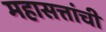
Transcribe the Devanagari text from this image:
महासत्तांची